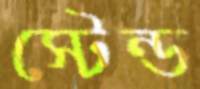
স্টেন্ড